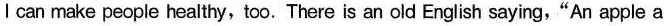
I can make people healthy,too.There is an old English saying,"An apple a